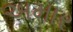
અમાર